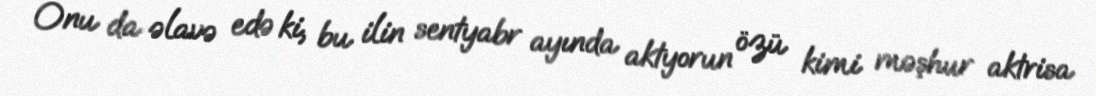
Onu da əlavə edə ki, bu ilin sentyabr ayında aktyorun özü kimi məşhur aktrisa